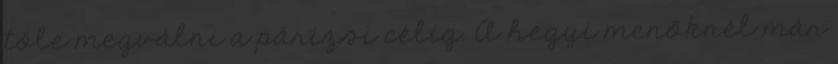
tőle megválni a párizsi célig. A hegyi menőknél már